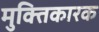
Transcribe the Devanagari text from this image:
मुक्तिकारक